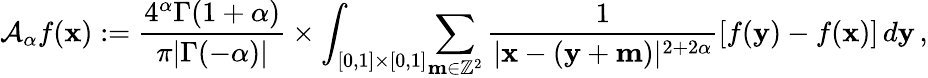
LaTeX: \mathcal{A}_{\alpha}f(\mathbf{x}):=\frac{4^{\alpha}\Gamma(1+\alpha)}{\pi|\Gamma(-\alpha)|}\times\int_{[0,1]\times[0,1]}\! \sum_{\mathbf{m}\in\mathbb{Z}^{2}}\frac{1}{|\mathbf{x}-(\mathbf{y}+\mathbf{m})|^{2+2\alpha}}\lbrack f(\mathbf{y})-f(\mathbf{x})\rbrack\, d\mathbf{y}\, ,